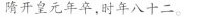
隋开皇元年卒，时年八十二。